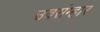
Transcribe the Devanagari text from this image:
उवसंम्हार